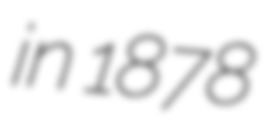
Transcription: in 1878